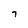
Character: 7